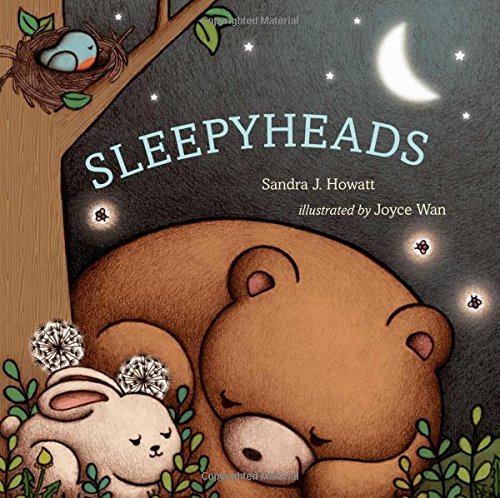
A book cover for Sleepyheads; Sandra J. Howatt; Children's Books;